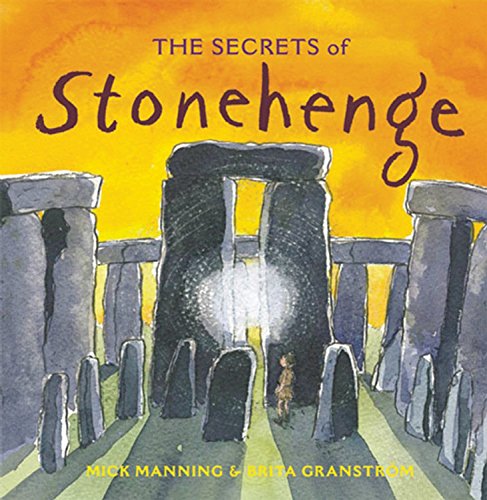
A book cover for Secrets of Stonehenge; Mick Manning; Children's Books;